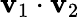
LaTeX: \mathbf{v}_{1}\cdot\mathbf{v}_{2}